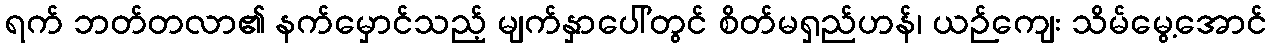
ရက် ဘတ်တလာ၏ နက်မှောင်သည့် မျက်နှာပေါ်တွင် စိတ်မရှည်ဟန်၊ ယဉ်ကျေး သိမ်မွေ့အောင်